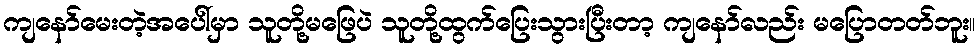
ကျနော်မေးတဲ့အပေါ်မှာ သူတို့မဖြေပဲ သူတို့ထွက်ပြေးသွားပြီးတာ့ ကျနော်လည်း မပြောတတ်ဘူး။